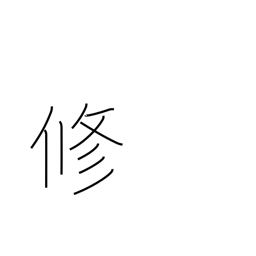
Meaning: master